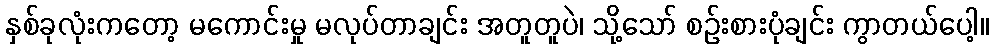
နှစ်ခုလုံးကတော့ မကောင်းမှု မလုပ်တာချင်း အတူတူပဲ၊ သို့သော် စဉ်းစားပုံချင်း ကွာတယ်ပေါ့။